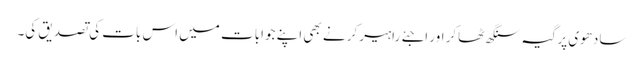
سادھوی پرگیہ سنگھ ٹھاکر اور اجئے راہیرکر نے بھی اپنے جوابات میں اس بات کی تصدیق کی۔